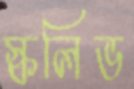
স্কলিভ